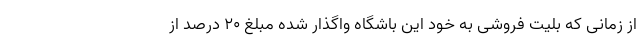
از زمانی که بلیت فروشی به خود این باشگاه واگذار شده مبلغ 20 درصد از